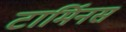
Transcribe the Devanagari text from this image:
टार्मिनस